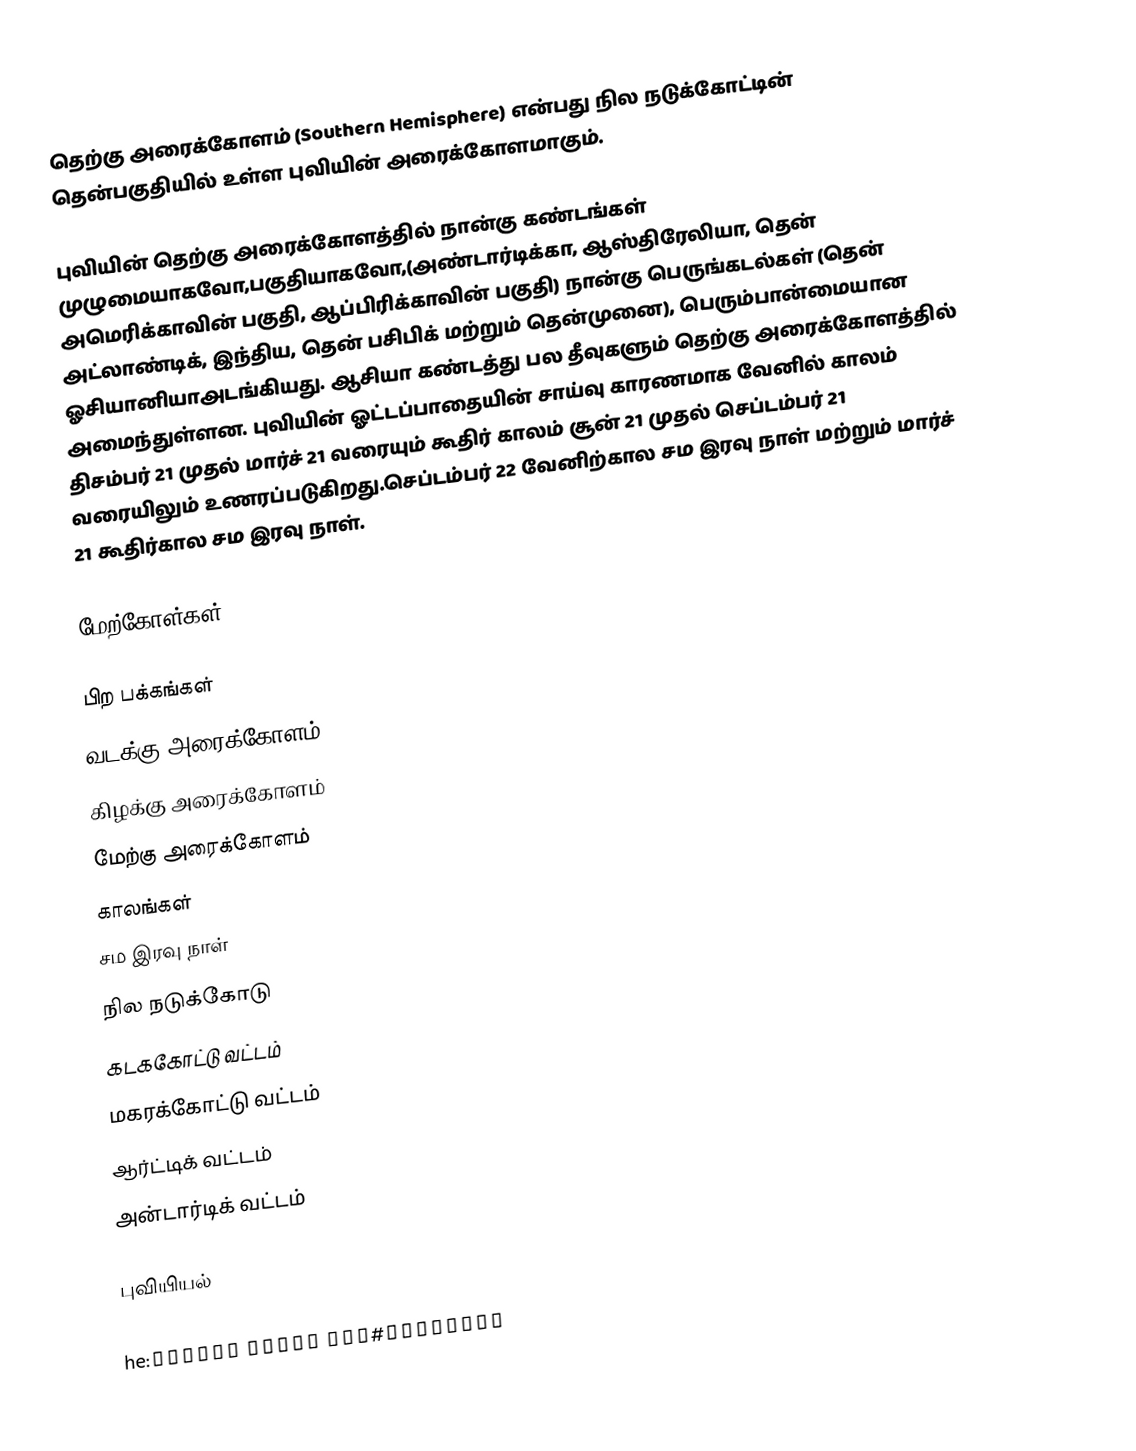
தெற்கு அரைக்கோளம் (Southern Hemisphere) என்பது நில நடுக்கோட்டின் தென்பகுதியில் உள்ள புவியின் அரைக்கோளமாகும்.

புவியின் தெற்கு அரைக்கோளத்தில் நான்கு கண்டங்கள் முழுமையாகவோ,பகுதியாகவோ,(அண்டார்டிக்கா, ஆஸ்திரேலியா, தென் அமெரிக்காவின் பகுதி, ஆப்பிரிக்காவின் பகுதி) நான்கு பெருங்கடல்கள் (தென் அட்லாண்டிக், இந்திய, தென் பசிபிக் மற்றும் தென்முனை), பெரும்பான்மையான ஓசியானியாஅடங்கியது. ஆசியா கண்டத்து பல தீவுகளும் தெற்கு அரைக்கோளத்தில் அமைந்துள்ளன. புவியின் ஓட்டப்பாதையின் சாய்வு காரணமாக வேனில் காலம் திசம்பர் 21 முதல் மார்ச் 21 வரையும் கூதிர் காலம் சூன் 21 முதல் செப்டம்பர் 21 வரையிலும் உணரப்படுகிறது.செப்டம்பர் 22 வேனிற்கால சம இரவு நாள் மற்றும் மார்ச் 21 கூதிர்கால சம இரவு நாள்.

மேற்கோள்கள்

பிற பக்கங்கள்
 வடக்கு அரைக்கோளம்
 கிழக்கு அரைக்கோளம்
 மேற்கு அரைக்கோளம்
 காலங்கள்
 சம இரவு நாள்
 நில நடுக்கோடு
 கடககோட்டு வட்டம்
 மகரக்கோட்டு வட்டம்
 ஆர்ட்டிக் வட்டம்
 அன்டார்டிக் வட்டம்

புவியியல்

he:המיספירה#חצי הכדור הדרומי